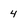
Character: 4